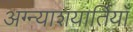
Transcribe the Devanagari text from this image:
अग्न्याशयार्तियाँ